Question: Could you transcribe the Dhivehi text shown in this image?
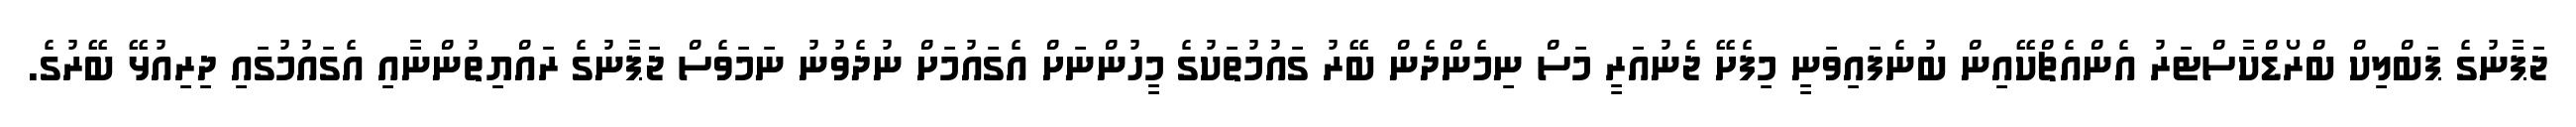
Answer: ޖަޕާނުގެ ޕަބްލިކް ބްރޯޑްކާސްޓަރު އެންއެޗްކޭއިން ބުނެފައިވަނީ މިފެށޭ ޖެނުއަރީ މަސް ނިމެންދެން ބޭރު ގައުމުތަކުގެ މީހުންނަށް އެގައުމަށް ނުދެވުނު ނަމަވެސް ޖަޕާނުގެ ރައްޔިތުންނާއި އެގައުމުގައި ދިރިއުޅޭ ބޭރުގެ.